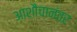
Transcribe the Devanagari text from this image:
आशौचानंतर